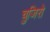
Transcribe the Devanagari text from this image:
चुजिरो